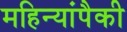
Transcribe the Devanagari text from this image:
महिन्यांपैकी